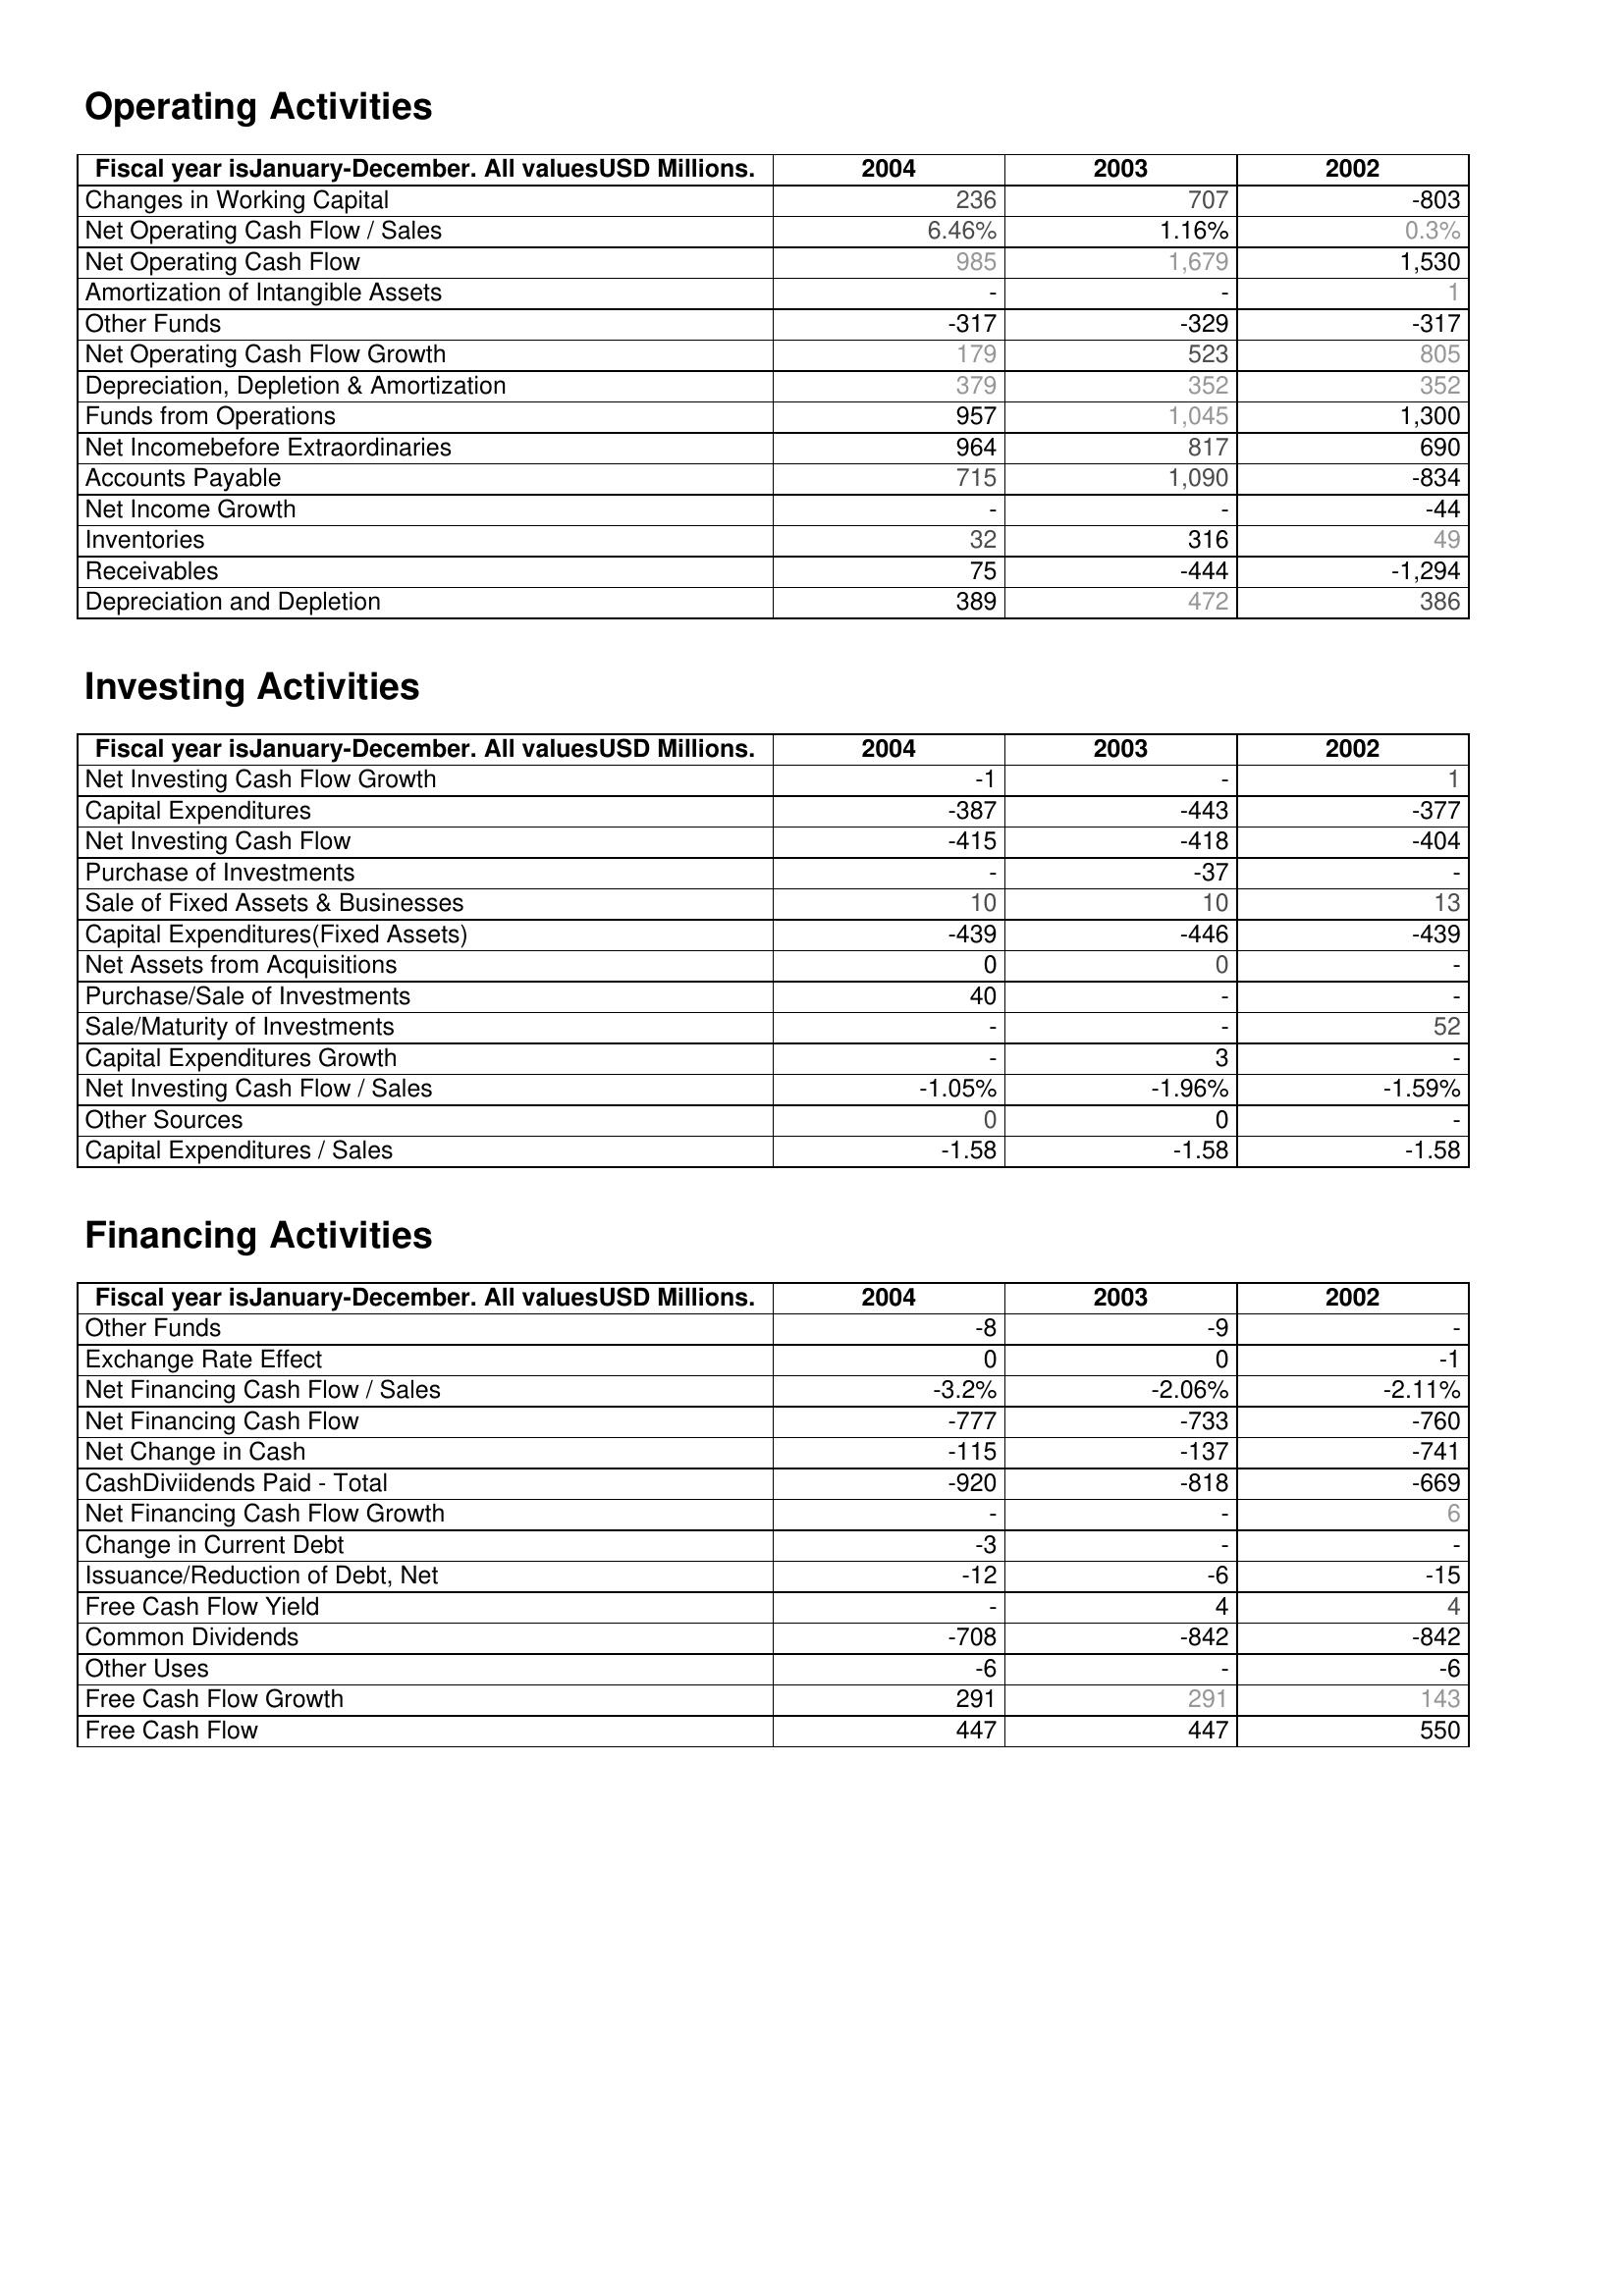
2004: Operating Activities: Changes in Working Capital: 236
Net Operating Cash Flow / Sales: 6.46%
Net Operating Cash Flow: 985
Amortization of Intangible Assets: -
Other Funds: -317
Net Operating Cash Flow Growth: 179
Depreciation, Depletion & Amortization: 379
Funds from Operations: 957
Net Incomebefore Extraordinaries: 964
Accounts Payable: 715
Net Income Growth: -
Inventories: 32
Receivables: 75
Depreciation and Depletion: 389
Investing Activities: Net Investing Cash Flow Growth: -1
Capital Expenditures: -387
Net Investing Cash Flow: -415
Purchase of Investments: -
Sale of Fixed Assets & Businesses: 10
Capital Expenditures(Fixed Assets): -439
Net Assets from Acquisitions: 0
Purchase/Sale of Investments: 40
Sale/Maturity of Investments: -
Capital Expenditures Growth: -
Net Investing Cash Flow / Sales: -1.05%
Other Sources: 0
Capital Expenditures / Sales: -1.58
Financing Activities: Other Funds: -8
Exchange Rate Effect: 0
Net Financing Cash Flow / Sales: -3.2%
Net Financing Cash Flow: -777
Net Change in Cash: -115
CashDiviidends Paid - Total: -920
Net Financing Cash Flow Growth: -
Change in Current Debt: -3
Issuance/Reduction of Debt, Net: -12
Free Cash Flow Yield: -
Common Dividends: -708
Other Uses: -6
Free Cash Flow Growth: 291
Free Cash Flow: 447
2003: Operating Activities: Changes in Working Capital: 707
Net Operating Cash Flow / Sales: 1.16%
Net Operating Cash Flow: 1,679
Amortization of Intangible Assets: -
Other Funds: -329
Net Operating Cash Flow Growth: 523
Depreciation, Depletion & Amortization: 352
Funds from Operations: 1,045
Net Incomebefore Extraordinaries: 817
Accounts Payable: 1,090
Net Income Growth: -
Inventories: 316
Receivables: -444
Depreciation and Depletion: 472
Investing Activities: Net Investing Cash Flow Growth: -
Capital Expenditures: -443
Net Investing Cash Flow: -418
Purchase of Investments: -37
Sale of Fixed Assets & Businesses: 10
Capital Expenditures(Fixed Assets): -446
Net Assets from Acquisitions: 0
Purchase/Sale of Investments: -
Sale/Maturity of Investments: -
Capital Expenditures Growth: 3
Net Investing Cash Flow / Sales: -1.96%
Other Sources: 0
Capital Expenditures / Sales: -1.58
Financing Activities: Other Funds: -9
Exchange Rate Effect: 0
Net Financing Cash Flow / Sales: -2.06%
Net Financing Cash Flow: -733
Net Change in Cash: -137
CashDiviidends Paid - Total: -818
Net Financing Cash Flow Growth: -
Change in Current Debt: -
Issuance/Reduction of Debt, Net: -6
Free Cash Flow Yield: 4
Common Dividends: -842
Other Uses: -
Free Cash Flow Growth: 291
Free Cash Flow: 447
2002: Operating Activities: Changes in Working Capital: -803
Net Operating Cash Flow / Sales: 0.3%
Net Operating Cash Flow: 1,530
Amortization of Intangible Assets: 1
Other Funds: -317
Net Operating Cash Flow Growth: 805
Depreciation, Depletion & Amortization: 352
Funds from Operations: 1,300
Net Incomebefore Extraordinaries: 690
Accounts Payable: -834
Net Income Growth: -44
Inventories: 49
Receivables: -1,294
Depreciation and Depletion: 386
Investing Activities: Net Investing Cash Flow Growth: 1
Capital Expenditures: -377
Net Investing Cash Flow: -404
Purchase of Investments: -
Sale of Fixed Assets & Businesses: 13
Capital Expenditures(Fixed Assets): -439
Net Assets from Acquisitions: -
Purchase/Sale of Investments: -
Sale/Maturity of Investments: 52
Capital Expenditures Growth: -
Net Investing Cash Flow / Sales: -1.59%
Other Sources: -
Capital Expenditures / Sales: -1.58
Financing Activities: Other Funds: -
Exchange Rate Effect: -1
Net Financing Cash Flow / Sales: -2.11%
Net Financing Cash Flow: -760
Net Change in Cash: -741
CashDiviidends Paid - Total: -669
Net Financing Cash Flow Growth: 6
Change in Current Debt: -
Issuance/Reduction of Debt, Net: -15
Free Cash Flow Yield: 4
Common Dividends: -842
Other Uses: -6
Free Cash Flow Growth: 143
Free Cash Flow: 550